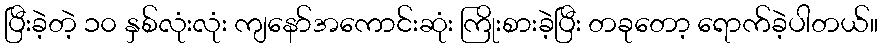
ပြီးခဲ့တဲ့ ၁၀ နှစ်လုံးလုံး ကျနော်အကောင်းဆုံး ကြိုးစားခဲ့ပြီး တခုတော့ ရောက်ခဲ့ပါတယ်။